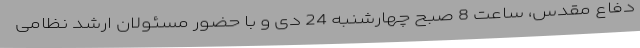
دفاع مقدس، ساعت 8 صبح چهارشنبه 24 دی و با حضور مسئولان ارشد نظامی